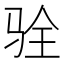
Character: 𩧴